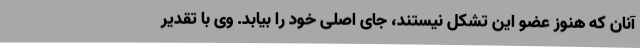
آنان که هنوز عضو این تشکل نیستند، جای اصلی خود را بیابد. وی با تقدیر